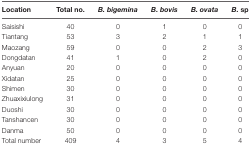
<table><thead><tr><td><b>Location</b></td><td><b>Total no.</b></td><td><b><i>B. bigemina</i></b></td><td><b><i>B. bovis</i></b></td><td><b><i>B. ovata</i></b></td><td><b><i>B.</i> sp</b></td></tr></thead><tbody><tr><td>Saisishi</td><td>40</td><td>0</td><td>1</td><td>0</td><td>0</td></tr><tr><td>Tiantang</td><td>53</td><td>3</td><td>2</td><td>1</td><td>1</td></tr><tr><td>Maozang</td><td>59</td><td>0</td><td>0</td><td>2</td><td>3</td></tr><tr><td>Dongdatan</td><td>41</td><td>1</td><td>0</td><td>2</td><td>0</td></tr><tr><td>Anyuan</td><td>20</td><td>0</td><td>0</td><td>0</td><td>0</td></tr><tr><td>Xidatan</td><td>25</td><td>0</td><td>0</td><td>0</td><td>0</td></tr><tr><td>Shimen</td><td>30</td><td>0</td><td>0</td><td>0</td><td>0</td></tr><tr><td>Zhuaxixiulong</td><td>31</td><td>0</td><td>0</td><td>0</td><td>0</td></tr><tr><td>Duoshi</td><td>30</td><td>0</td><td>0</td><td>0</td><td>0</td></tr><tr><td>Tanshancen</td><td>30</td><td>0</td><td>0</td><td>0</td><td>0</td></tr><tr><td>Danma</td><td>50</td><td>0</td><td>0</td><td>0</td><td>0</td></tr><tr><td>Total number</td><td>409</td><td>4</td><td>3</td><td>5</td><td>4</td></tr></tbody></table>